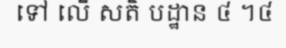
ទៅ លើ សតិ បដ្ឋាន ៤ ។៤